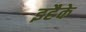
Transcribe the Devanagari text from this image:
इहैके